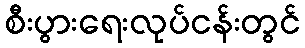
စီးပွားရေးလုပ်ငန်းတွင်